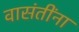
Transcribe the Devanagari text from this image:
वासंतींना